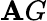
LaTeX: \mathbf{A}G